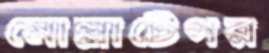
মোল্লাটেগর